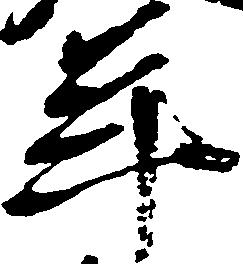
年